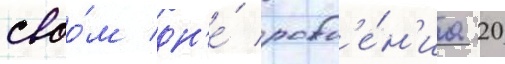
своо́м дн'е́ рожд'е́н'иа 20